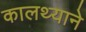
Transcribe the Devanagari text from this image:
कालथ्याने